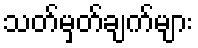
သတ်မှတ်ချက်များ